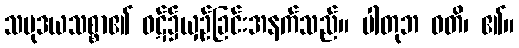
သမုဒယသစ္စာ၏ ဝဋ်၌ယှဉ်ခြင်းအနက်သည်။ ပါတုဘ ဝတိ၊ ၏။